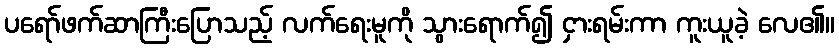
ပရော်ဖက်ဆာကြီးပြောသည့် လက်ရေးမူကို သွားရောက်၍ ငှားရမ်းကာ ကူးယူခဲ့ လေ၏။